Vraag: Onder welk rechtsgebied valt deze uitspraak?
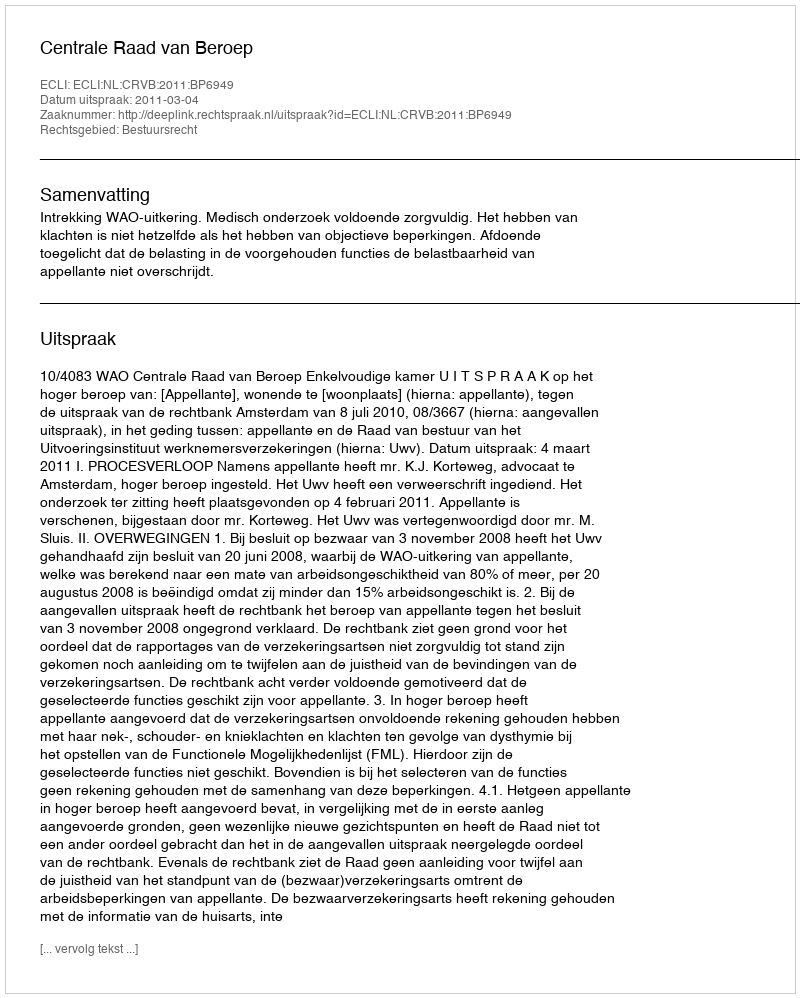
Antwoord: Bestuursrecht